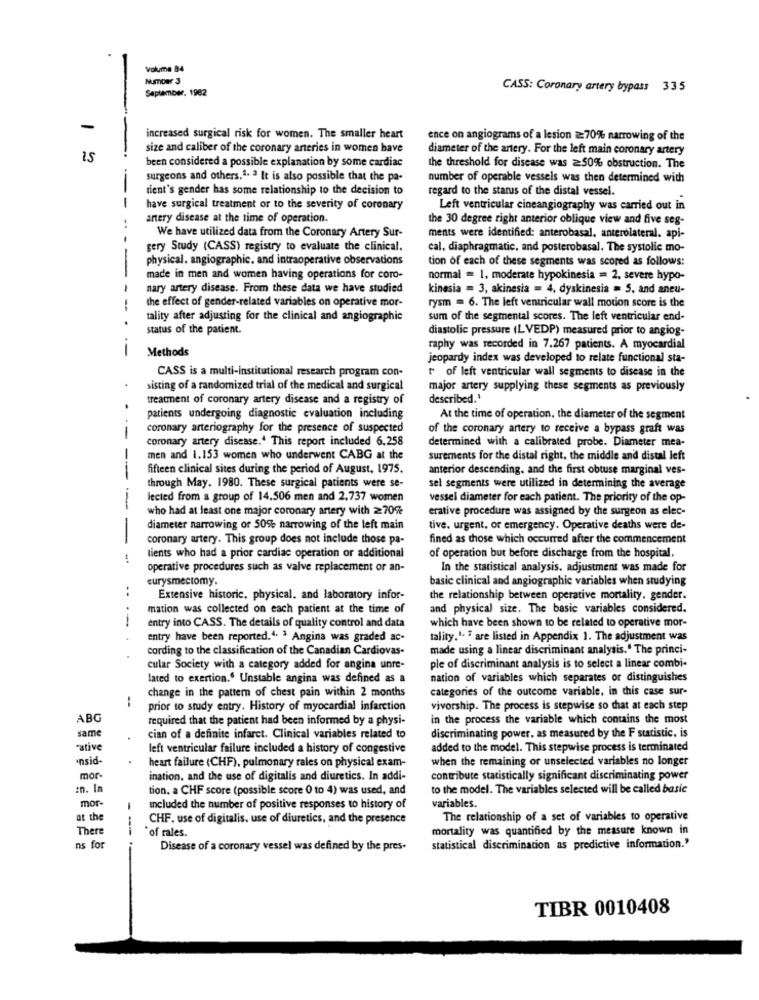
Volume B4
Number 3
September. 1982
CASS: Coronary artery bypass 335
-
increased surgical risk for women. The smaller heart
ence on angiograms of a lesion 270% narrowing of the
size and caliber of the coronary arteries in women have
diameter of the artery. For the left main coronary artery
--
been considered a possible explanation by some cardiac
the threshold for disease was 250% obstruction. The
surgeons and others.ª. 3 It is also possible that the pa-
number of operable vessels was then determined with
tient's gender has some relationship to the decision to
regard to the status of the distal vessel.
-
have surgical treatment or to the severity of coronary
Left ventricular cineangiography was carried out in
artery disease at the time of operation.
the 30 degree right anterior oblique view and five seg-
We have utilized data from the Coronary Artery Sur-
ments were identified: anterobasal, anterolateral. api-
gery Study (CASS) registry to evaluate the clinical.
cal, diaphragmatic, and posterobasal. The systolic mo-
physical. angiographic. and intraoperative observations
tion of each of these segments was scored as follows:
-
made in men and women having operations for coro-
normal = 1, moderate hypokinesia = 2, severe hypo-
nary artery disease. From these data we have studied
kinesia = 3, akinesia = 4, dyskinesia = S, and aneu-
the effect of gender-related variables on operative mor-
rysm = 6. The left ventricular wall motion score is the
tality after adjusting for the clinical and angiographic
sum of the segmental scores. The left ventricular end-
status of the patient.
diastolic pressure (LVEDP) measured prior to angiog-
Methods
raphy was recorded in 7.267 patients. A myocardial
jeopardy index was developed to relate functional sta-
CASS is a multi-institutional research program con-
r of left ventricular wall segments to disease in the
sisting of a randomized trial of the medical and surgical
major artery supplying these segments as previously
treatment of coronary artery disease and a registry of
described.'
patients undergoing diagnostic evaluation including
At the time of operation, the diameter of the segment
coronary arteriography for the presence of suspected
of the coronary artery to receive a bypass graft was
coronary artery disease.' This report included 6.258
determined with a calibrated probe. Diameter mea-
men and 1.153 women who underwent CABG at the
surements for the distal right, the middle and distal left
fifteen clinical sites during the period of August, 1975.
anterior descending, and the first obtuse marginal ves-
--
through May. 1980. These surgical patients were se-
sel segments were utilized in determining the average
lected from a group of 14.506 men and 2.737 women
vessel diameter for each patient. The priority of the op-
who had at least one major coronary artery with 270%
erative procedure was assigned by the surgeon as elec-
diameter narrowing of 50% narrowing of the left main
tive. urgent, or emergency. Operative deaths were de-
-
coronary artery. This group does not include those pa-
fined as those which occurred after the commencement
tients who had a prior cardiac operation or additional
of operation but before discharge from the hospital.
operative procedures such as valve replacement or an-
In the statistical analysis, adjustment was made for
eurysmectomy.
basic clinical and angiographie variables when studying
..
Extensive historic. physical. and laboratory infor-
the relationship between operative mortality, gender.
mation was collected on each patient at the time of
and physical size. The basic variables considered.
--
which have been shown to be related to operative mor-
entry into CASS. The details of quality control and data
entry have been reported.4. 3 Angina was graded ac-
tality."- " are listed in Appendix 1. The adjustment was
cording to the classification of the Canadian Cardiovas-
made using a linear discriminant analysis." The princi-
..
cular Society with a category added for angina unre-
ple of discriminant analysis is to select a linear combi-
lated to exertion." Unstable angina was defined as a
nation of variables which separates or distinguishes
change in the pattern of chest pain within 2 months
categories of the outcome variable, in this case sur-
:
prior to study entry. History of myocardial infarction
vivorship. The process is stepwise so that at each step
ABG
required that the patient had been informed by a physi-
in the process the variable which contains the most
same
cian of a definite infarct. Clinical variables related to
discriminating power. as measured by the F statistic, is
"ative
left ventricular failure included a history of congestive
added to the model. This stepwise process is terminated
nsid-
when the remaining or unselected variables no longer
heart failure (CHF), pulmonary rales on physical exam-
mor-
ination. and the use of digitalis and diuretics. In addi-
contribute statistically significant discriminating power
en. In
tion. a CHF score (possible score 0 to 4) was used, and
to the model. The variables selected will be called basic
mor
variables.
Included the number of positive responses to history of
at the
CHF. use of digitalis. use of diuretics, and the presence
The relationship of a set of variables to operative
There
`of rales.
mortality was quantified by the measure known in
ns for
---
Disease of a coronary vessel was defined by the pres-
statistical discrimination as predictive information.'
TIBR 0010408